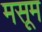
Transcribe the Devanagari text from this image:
मसूम